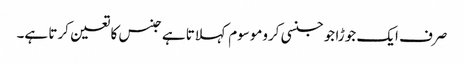
صرف ایک جوڑا جو جنسی کروموسوم کہلاتا ہے جنس کا تعین کرتا ہے۔